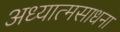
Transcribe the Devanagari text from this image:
अध्यात्मसाधना